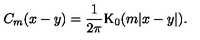
C _ { m } ( x - y ) = \frac { 1 } { 2 \pi } \mathrm { K } _ { 0 } ( m | x - y | ) .